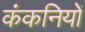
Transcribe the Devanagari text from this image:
कंकनियों